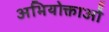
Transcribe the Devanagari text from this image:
अभियोक्ताओं